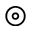
\circledcirc